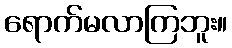
ရောက်မလာကြဘူး။